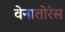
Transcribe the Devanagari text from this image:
वेनातोरेस